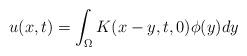
LaTeX: \begin{align*} u(x,t)=\int_{\Omega}K(x-y,t,0)\phi(y)dy\end{align*}